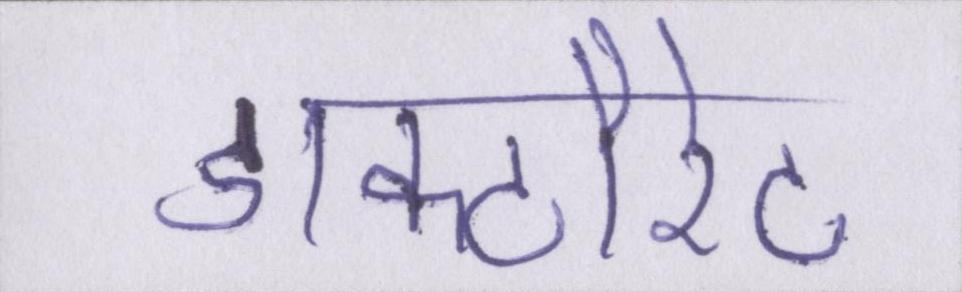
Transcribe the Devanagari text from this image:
डॉक्टौरेट